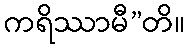
ကရိဿာမီ”တိ။